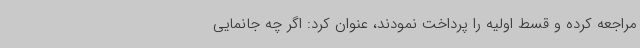
مراجعه کرده و قسط اولیه را پرداخت نمودند، عنوان کرد: اگر چه جانمایی